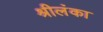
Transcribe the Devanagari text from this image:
श्रीलंंका